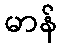
မာန်